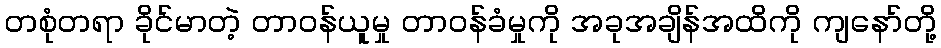
တစုံတရာ ခိုင်မာတဲ့ တာဝန်ယူမှု တာဝန်ခံမှုကို အခုအချိန်အထိကို ကျနော်တို့